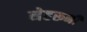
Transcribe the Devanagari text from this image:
नेहरूनी